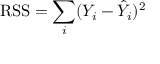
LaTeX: { \mathrm { R S S } } = \sum _ { i } ( Y _ { i } - { \hat { Y } } _ { i } ) ^ { 2 }